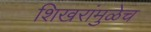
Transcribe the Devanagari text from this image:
शिखरांमुळेच